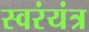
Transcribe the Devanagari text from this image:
स्वरंयंत्र